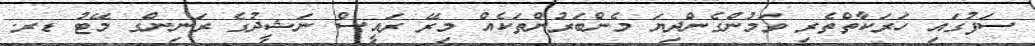
ސަފުގައި ހަރަކާތްތެރި ވަމުންގެންދިޔަ މެންބަރުންތަކެއް މިރޭ ރައީސް ނަޝީދުގެ ރަނިންގ މޭޓު ޑރ.